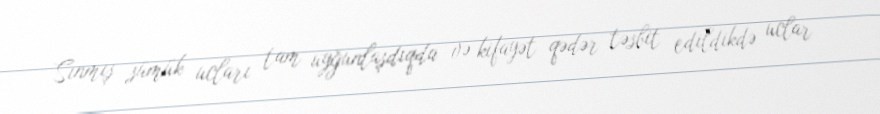
Sınmış sümük ucları tam uyğunlaşdıqda və kifayət qədər təsbit edildikdə uclar